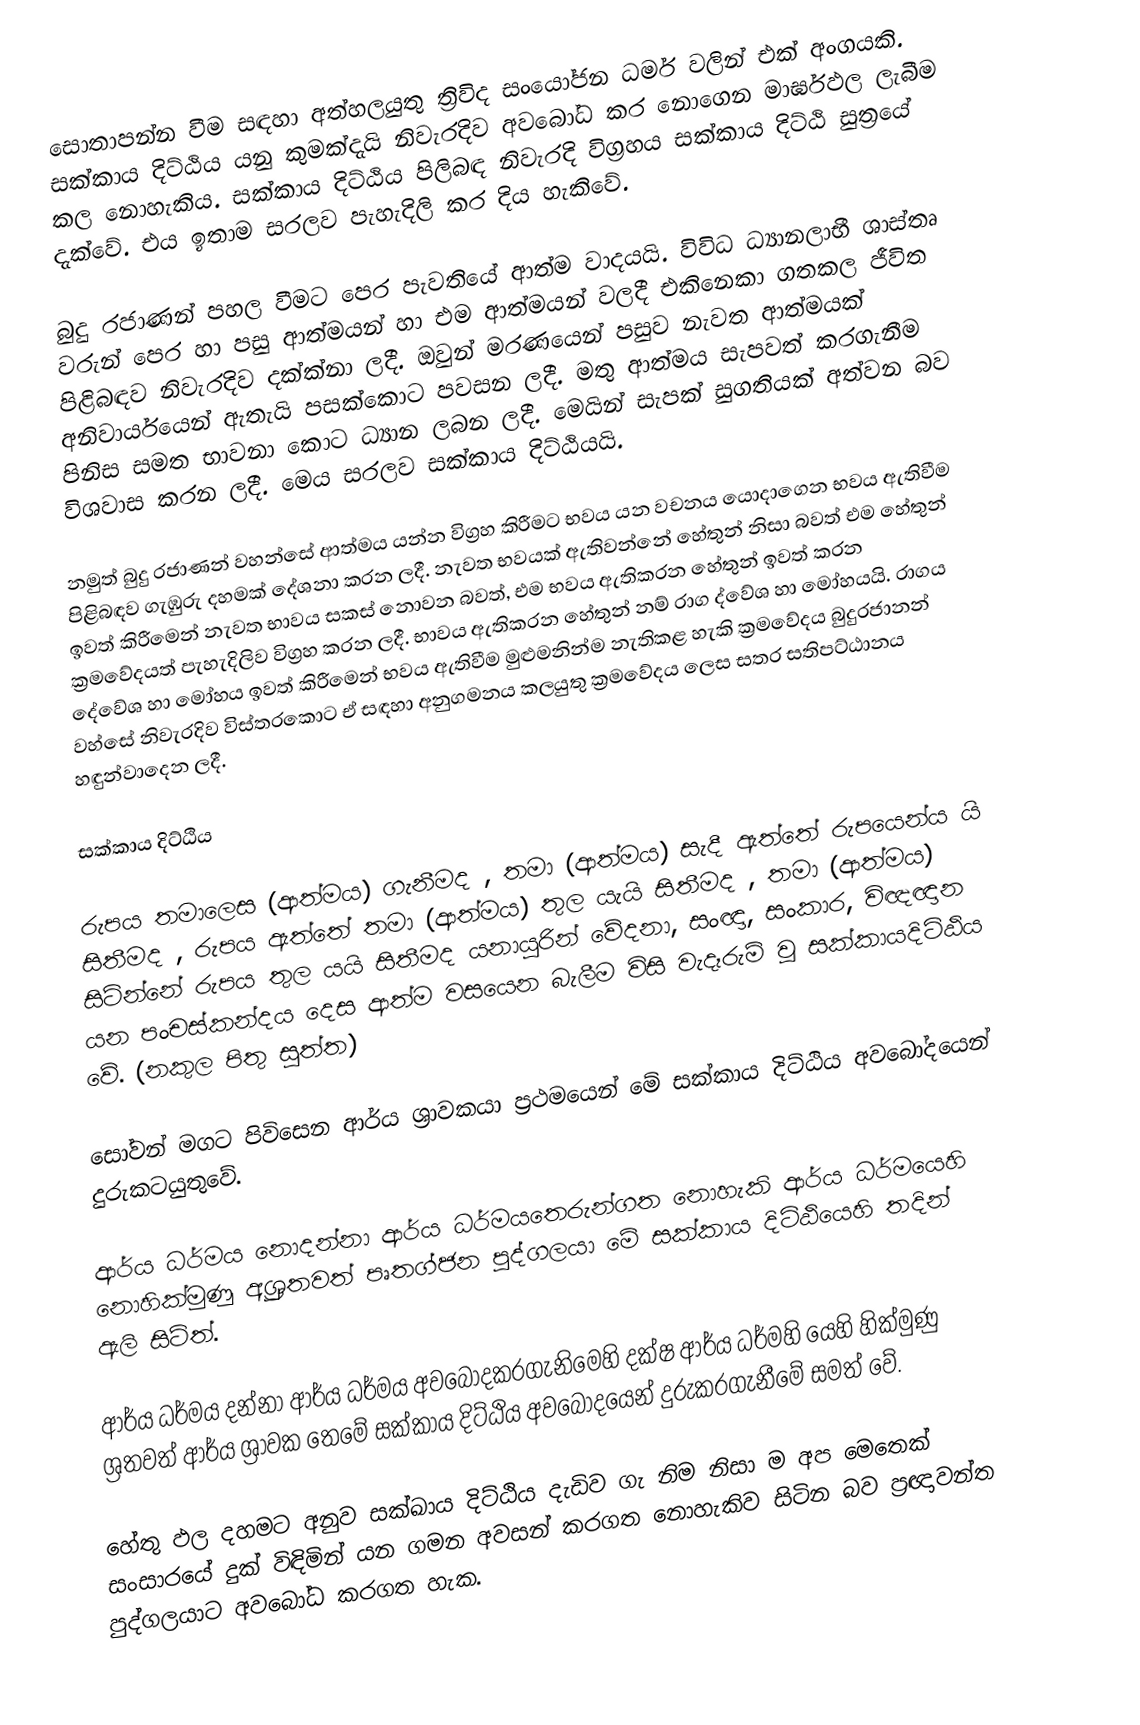
සොතාපන්න වීම සඳහා අත්හලයුතු ත්‍රිවිද  සංයෝජන ධර්ම වලින් එක් අංගයකි. සක්කාය දිට්ඨිය යනු කුමක්දැයි නිවැරදිව අවබෝධ කර නොගෙන මාර්ඝඵල ලැබීම කල නොහැකිය. සක්කාය දිට්ඨිය පිලිබඳ නිවැරදි විග්‍රහය සක්කාය දිට්ඨි සුත්‍රයේ දැක්වේ. එය ඉතාම සරලව පැහැදිලි කර දිය හැකිවේ.

බුදු රජාණන් පහල වීමට පෙර පැවතියේ ආත්ම වාදයයි. විවිධ ධ්‍යානලාභී ශාස්තෘ වරුන් පෙර හා පසු ආත්මයන් හා එම ආත්මයන් වලදී එකිනෙකා ගතකල ජීවිත පිළිබඳව නිවැරදිව දක්ක්නා ලදී. ඔවුන් මරණයෙන් පසුව නැවත ආත්මයක් අනිවාර්යයෙන් ඇතැයි පසක්කොට පවසන ලදී. මතු ආත්මය සැපවත් කරගැනීම පිනිස සමත භාවනා කොට ධ්‍යාන ලබන ලදී. මෙයින් සැපක් සුගතියක් අත්වන බව විශවාස කරන ලදී. මෙය සරලව සක්කාය දිට්ඨියයි.

නමුත් බුදු රජාණන් වහන්සේ ආත්මය යන්න විග්‍රහ කිරීමට භවය යන වචනය යොදාගෙන භවය ඇතිවීම පිළිබඳව ගැඹුරු දහමක් දේශනා කරන ලදී. නැවත භවයක් ඇතිවන්නේ හේතුන් නිසා බවත් එම හේතුන් ඉවත් කිරීමෙන් නැවත භාවය සකස් නොවන බවත්, එම භවය ඇතිකරන හේතුන් ඉවත් කරන ක්‍රමවේදයත් පැහැදිලිව විග්‍රහ කරන ලදී. භාවය ඇතිකරන හේතුන් නම් රාග ද්වේශ හා මෝහයයි. රාගය දේවේශ හා මෝහය ඉවත් කිරීමෙන් භවය ඇතිවීම මුළුමනින්ම නැතිකළ හැකි ක්‍රමවේදය බුදුරජානන් වහ්සේ නිවැරදිව විස්තරකොට ඒ සඳහා අනුගමනය කලයුතු ක්‍රමවේදය ලෙස සතර සතිපට්ඨානය හඳුන්වාදෙන ලදී.

සක්කාය දිට්ඨිය

රුපය තමාලෙස (ආත්මය) ගැනීමද , තමා (ආත්මය) සැදී ඇත්තේ රුපයෙන්ය යි සිතීමද , රුපය ඇත්තේ තමා (ආත්මය) තුල යැයි සිතීමද , තමා (ආත්මය) සිටින්නේ රුපය තුල යයි සිතීමද යනායුරින් වේදනා, සංඥා, සංකාර, විඥඥාන යන පංචස්කන්දය දෙස ආත්ම වසයෙන බැලීම විසි වැදෑරුම් වූ සක්කායදිට්ඨිය වේ. (නකුල පිතු සුත්ත)

සෝවන් මගට පිවිසෙන ආර්ය ශ්‍රාවකයා ප්‍රථමයෙන් මේ සක්කාය දිට්ඨිය අවබෝදයෙන් දුරුකටයුතුවේ.

ආර්ය ධර්මය නොදන්නා ආර්ය ධර්මයතෙරුන්ගත නොහැකි ආර්ය ධර්මයෙහි නොහික්මුණු අශ්‍රුතවත් පෘතග්ජන පුද්ගලයා මේ සක්කාය දිට්ඨියෙහි තදින් ඇලි සිටිත්.

ආර්ය ධර්මය දන්නා ආර්ය ධර්මය අවබෝදකරගැනිමෙහි දක්ෂ ආර්ය ධර්මහි යෙහි හික්මුණු ශ්‍රතවත් ආර්ය ශ්‍රාවක තෙමේ සක්කාය දිට්ඨිය අවබෝදයෙන් දුරුකරගැනීමේ සමත් වේ.

හේතු ඵල දහමට අනුව සක්ඛාය දිට්ඨිය දැඩිව ගැ නිම නිසා ම අප මෙතෙක් සංසාරයේ දුක් විඳිමින් යන ගමන අවසන් කරගත නොහැකිව සිටින බව ප්‍රඥාවන්ත පුද්ගලයාට අවබෝධ කරගත හැක.